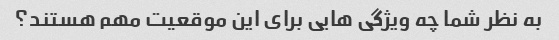
به نظر شما چه ویژگی هایی برای این موقعیت مهم هستند؟